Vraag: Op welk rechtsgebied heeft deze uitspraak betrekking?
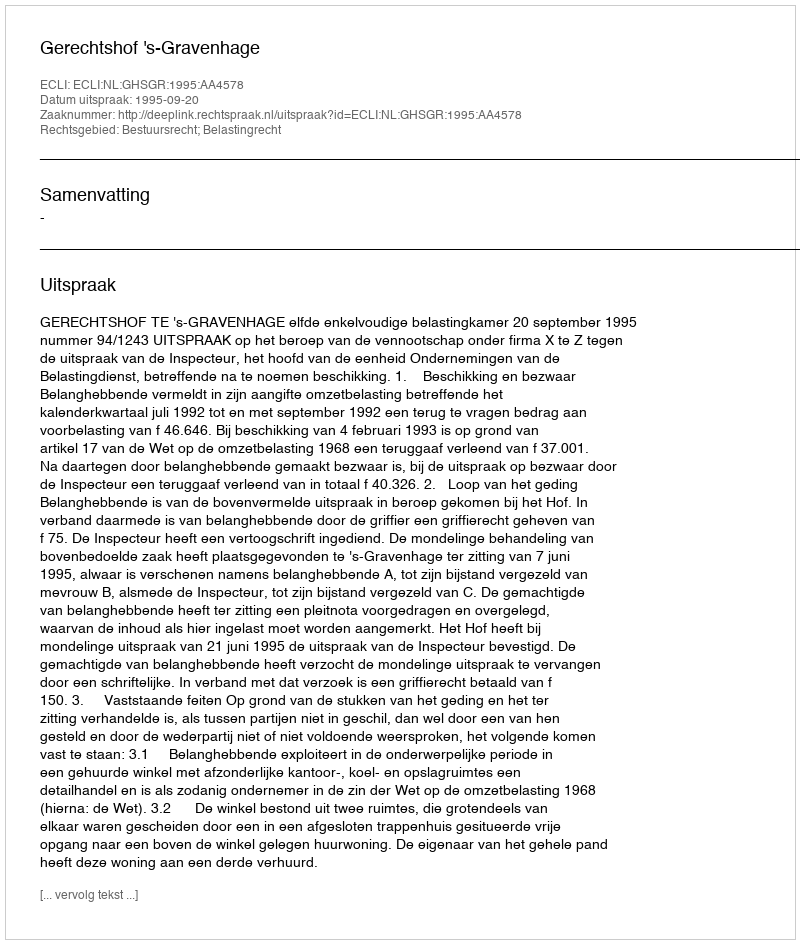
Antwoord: Bestuursrecht; Belastingrecht